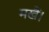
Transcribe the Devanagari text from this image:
मखैं।